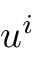
u ^ { i }